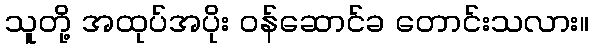
သူတို့ အထုပ်အပိုး ဝန်ဆောင်ခ တောင်းသလား။